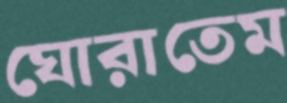
ঘোরাতেম